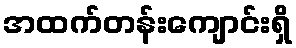
အထက်တန်းကျောင်းရှိ